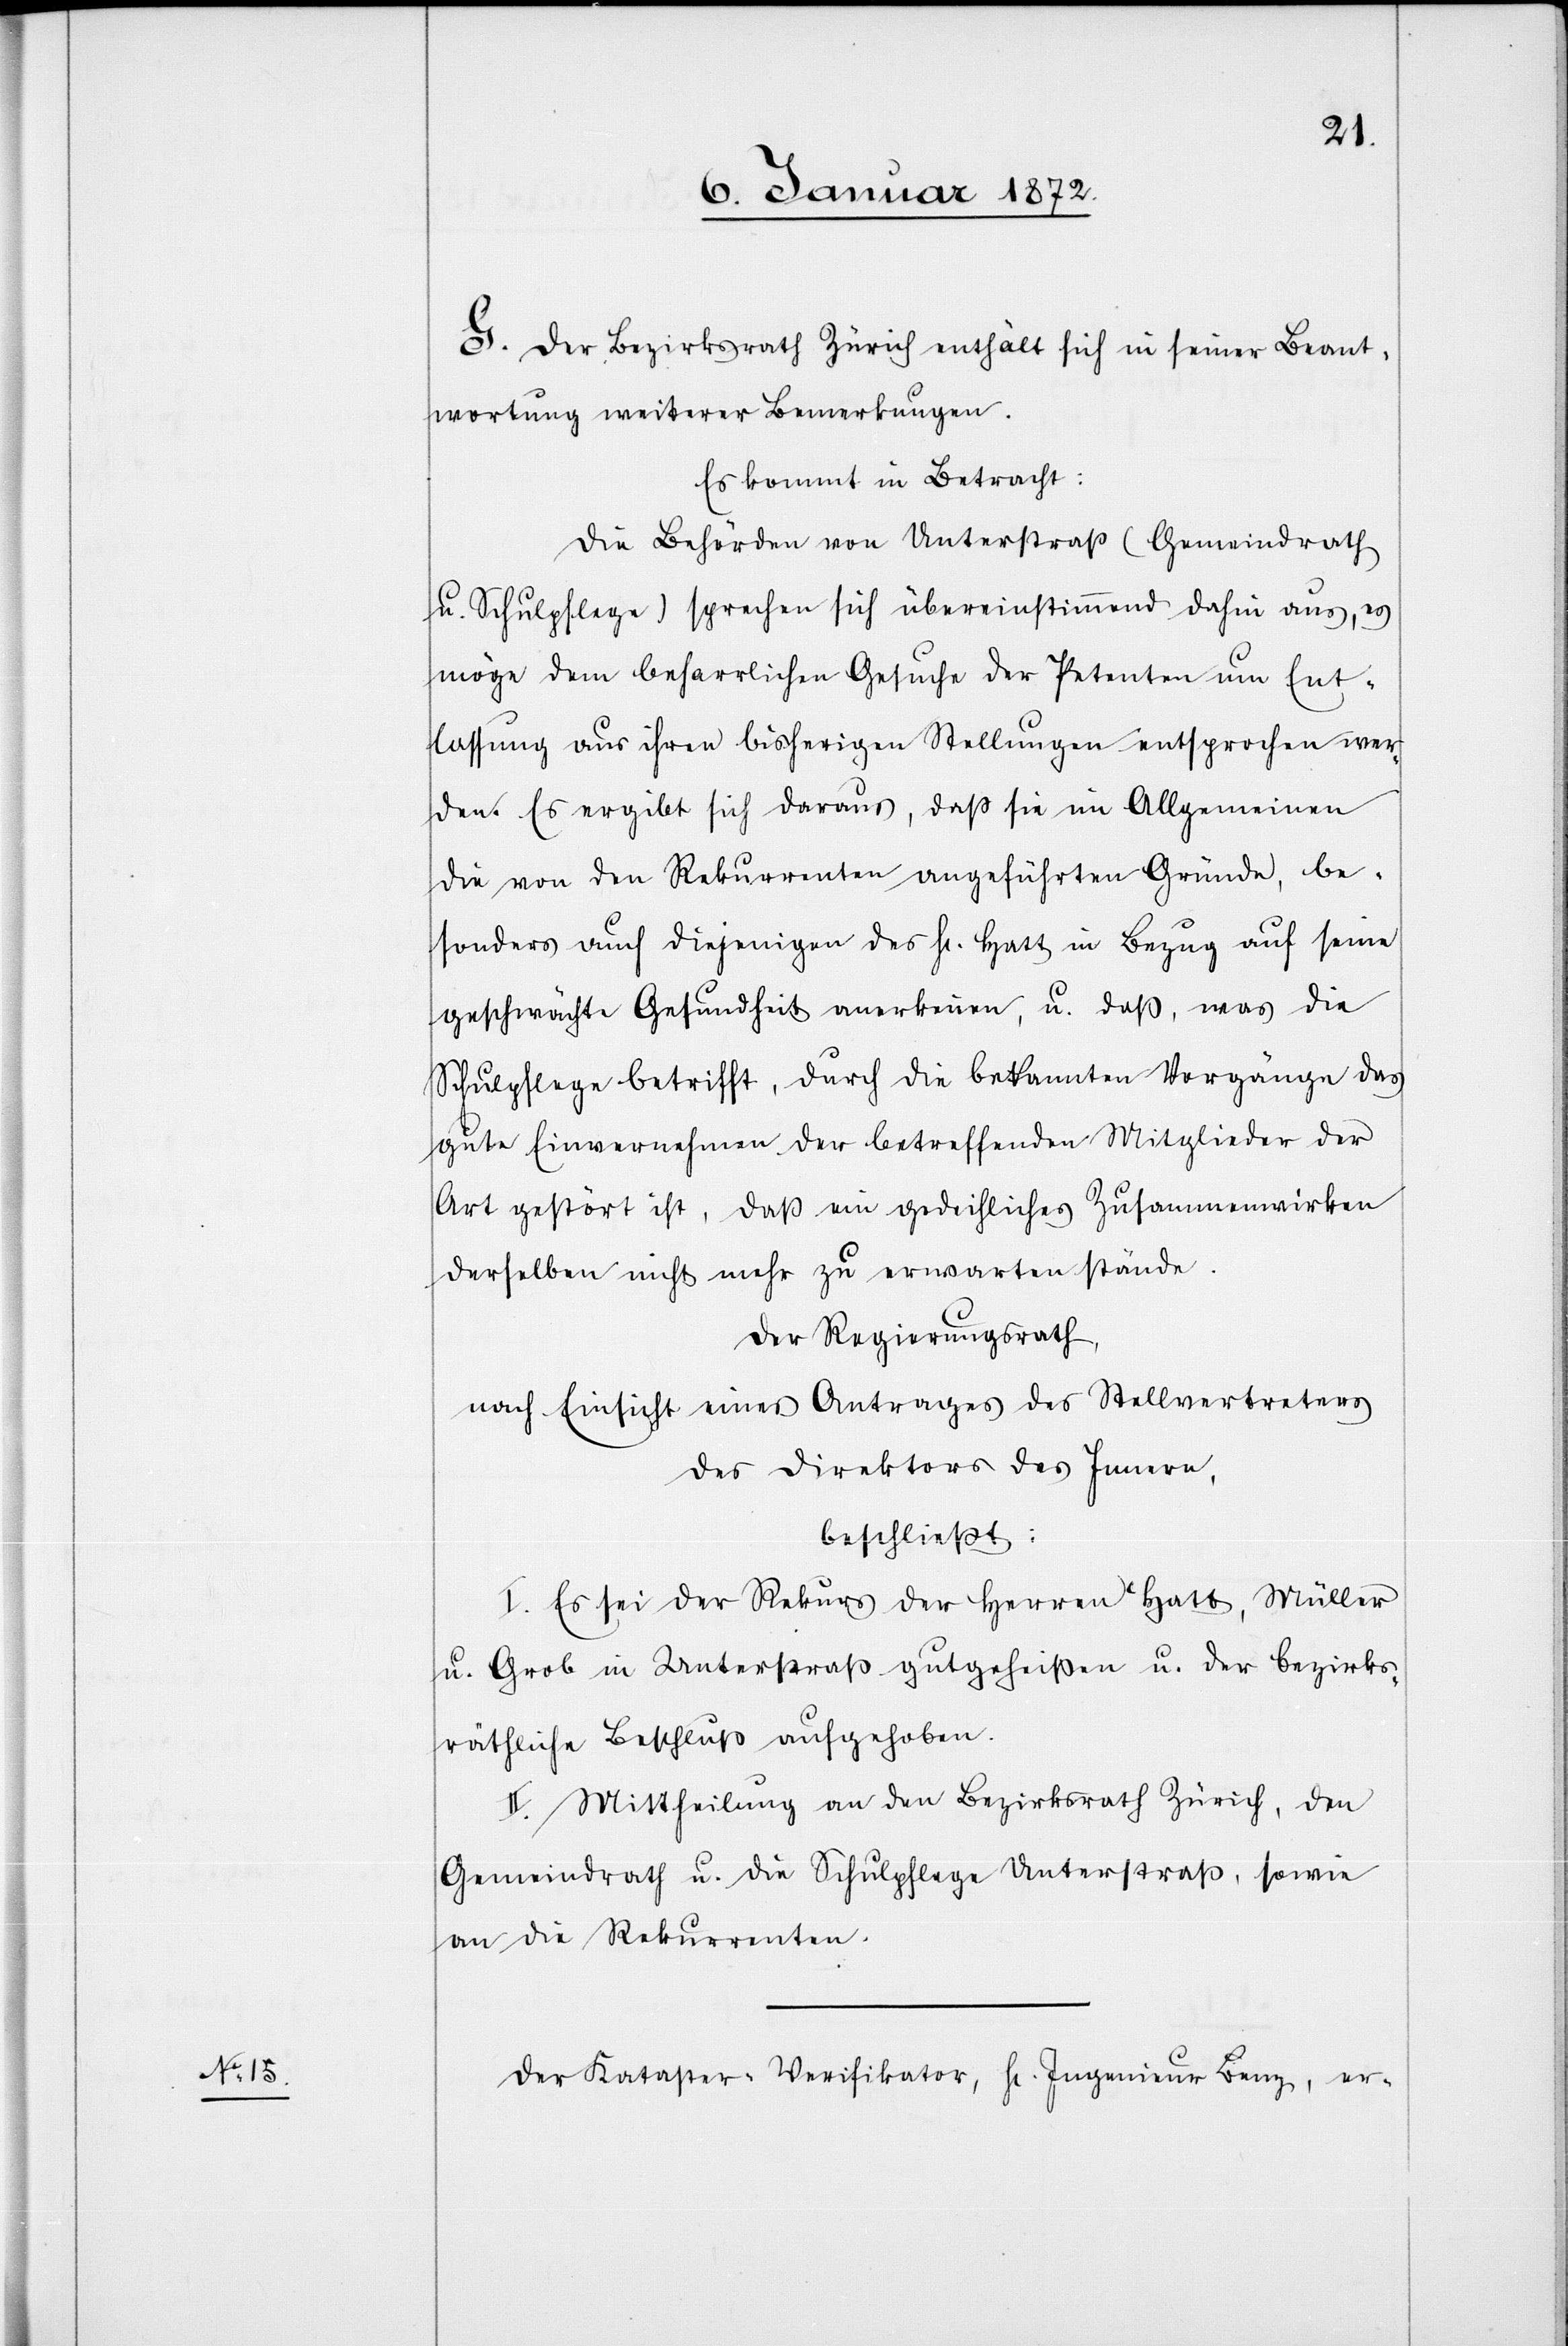
G. Der Bezirksrath Zürich enthält sich in seiner Beant¬
wortung weiterer Bemerkungen.
Es kommt in Betracht:
Die Behörden von Unterstraß (Gemeindrath
u. Schulpflege) sprechen sich übereinstimmend dahin aus, es
möge dem beharrlichen Gesuche der Petenten um Ent¬
lassung aus ihren bisherigen Stellungen entsprochen wer¬
den. Es ergibt sich daraus, daß sie im Allgemeinen
die von den Rekurrenten angeführten Gründe, be¬
sonders auch diejenigen des H. Hatt in Bezug auf seine
geschwächte Gesundheit anerkennen, u. daß, was die
Schulpflege betrifft, durch die bekannten Vorgänge das
gute Einvernehmen der betreffenden Mitglieder der
Art gestört ist, daß ein gedeihliches Zusammenwirken
derselben nicht mehr zu erwarten stände.
Der Regierungsrath,
nach Einsicht eines Antrages des Stellvertreters
der Direktion des Innern,
beschließt:
I. Es sei der Rekurs der Herren Hatt, Müller
u. Grob in Unterstraß gutgeheißen u. der bezirks¬
räthliche Beschluß aufgehoben.
II. Mittheilung an den Bezirksrath Zürich, den
Gemeindrath u. die Schulpflege Unterstraß, sowie
an die Rekurrenten.
Der Kataster-Verifikator, H. Ingenieur Benz, er-